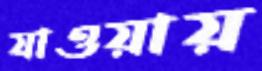
যাওয়ায়